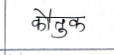
मजकूर: कौतुक